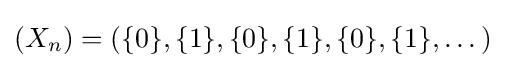
(X_{n})=(\{0\},\{1\},\{0\},\{1\},\{0\},\{1\},\dots )